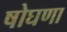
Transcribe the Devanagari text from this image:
षोघणा